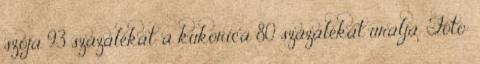
szója 93 százalékát, a kukorica 80 százalékát uralja. Fotó: